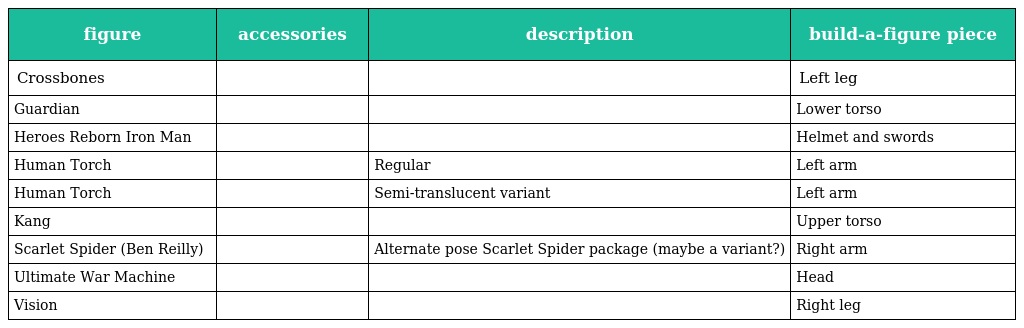
| figure | accessories | description | build-a-figure piece |
 | --- | --- | --- | --- |
 | Crossbones |  |  | Left leg |
 | Guardian |  |  | Lower torso |
 | Heroes Reborn Iron Man |  |  | Helmet and swords |
 | Human Torch |  | Regular | Left arm |
 | Human Torch |  | Semi-translucent variant | Left arm |
 | Kang |  |  | Upper torso |
 | Scarlet Spider (Ben Reilly) |  | Alternate pose Scarlet Spider package (maybe a variant?) | Right arm |
 | Ultimate War Machine |  |  | Head |
 | Vision |  |  | Right leg |